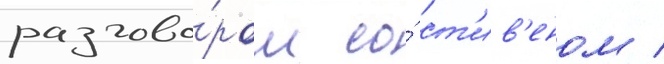
разгово́ром со́ ст'ив'еном /